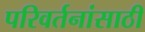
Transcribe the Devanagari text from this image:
परिवर्तनांसाठी